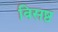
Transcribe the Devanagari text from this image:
विसष्ठ